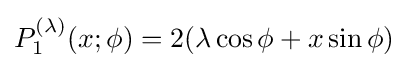
P_{1}^{(\lambda )}(x;\phi )=2(\lambda \cos \phi +x\sin \phi )